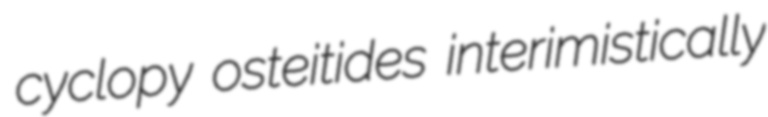
cyclopy osteitides interimistically